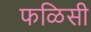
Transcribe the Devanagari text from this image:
फळिसी